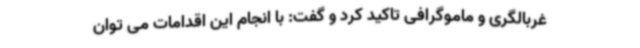
غربالگری و ماموگرافی تاکید کرد و گفت: با انجام این اقدامات می توان